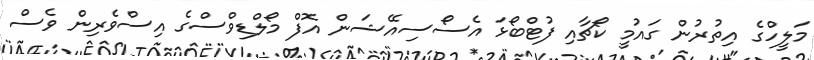
މަލީހްގެ އިތުރުން ގައުމީ ކޯޗާއި ފުޓްބޯޅަ އެސޯސިއޭޝަން އޮފް މޯލްޑިވްސްގެ އިސްވެރިން ވެސް